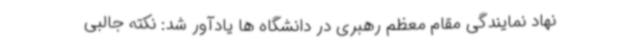
نهاد نمایندگی مقام معظم رهبری در دانشگاه ها یادآور شد: نکته جالبی